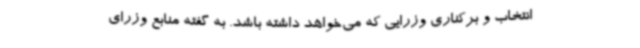
انتخاب و برکناری وزرایی که می‌خواهد داشته باشد. به گفته منابع وزرای